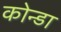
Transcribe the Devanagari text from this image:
कोन्डा